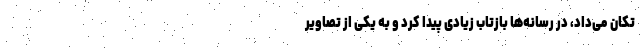
تکان می‌داد، در رسانه‌ها بازتاب زیادی پیدا کرد و به یکی از تصاویر